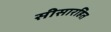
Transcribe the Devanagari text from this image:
सीसारहित